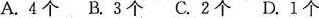
A.4个B.3个C.2个D.1个